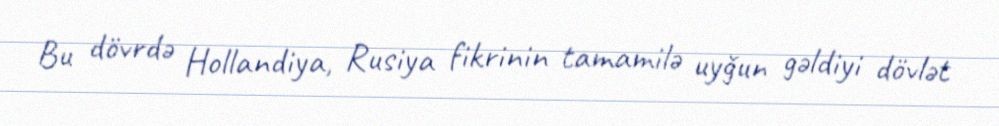
Bu dövrdə Hollandiya, Rusiya fikrinin tamamilə uyğun gəldiyi dövlət